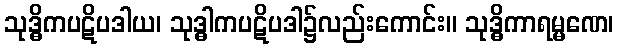
သုဒ္ဓိကပဋိပဒါယ၊ သုဒ္ဓါကပဋိပဒါ၌လည်းကောင်း။ သုဒ္ဓိကာရမ္မဏေ၊